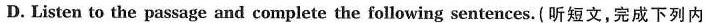
D. Listen to the passage and complete the following sentences(听短文完成下列内